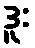
ဒူး